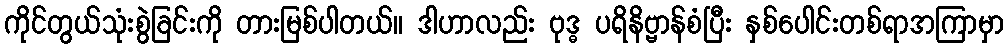
ကိုင်တွယ်သုံးစွဲခြင်းကို တားမြစ်ပါတယ်။ ဒါဟာလည်း ဗုဒ္ဓ ပရိနိဗ္ဗာန်စံပြီး နှစ်ပေါင်းတစ်ရာအကြာမှာ